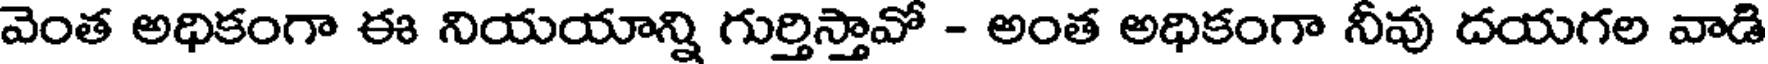
వెంత అధికంగా ఈ నియయాన్ని గుర్తిస్తావో - అంత అధికంగా నీవు దయగల వాడి